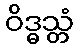
ဝိဒ္ဓသ္တံ